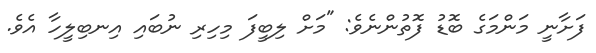
ފަށާނީ މަންމަގެ ބޮޑު ފޮތުންނެވެ: "މަށް ލިބީފަ މިހިރި ނުބައި އިނބިލީހާ އެވެ.